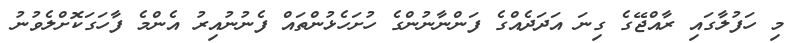
މި ހަފުލާގައި ރާއްޖޭގެ ގިނަ އަދަދެއްގެ ފަންނާނުންގެ ހުށަހެޅުންތައް ފެނުނުއިރު އެންމެ ފާހަގަކޮށްލެވުނު